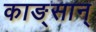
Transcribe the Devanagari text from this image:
काङ्सान्